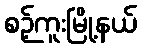
စဉ့်ကူးမြို့နယ်